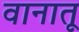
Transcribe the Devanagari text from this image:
वानातू